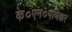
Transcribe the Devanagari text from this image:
के०एन०पणिक्कर